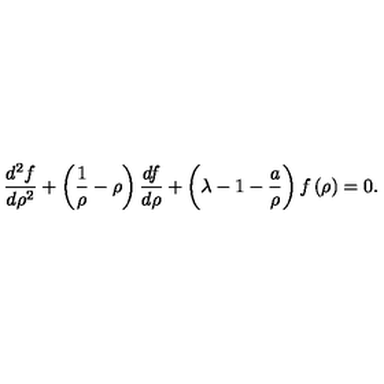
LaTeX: \frac { d ^ { 2 } f } { d \rho ^ { 2 } } + \left( \frac { 1 } { \rho } - \rho \right) \frac { d f } { d \rho } + \left( \lambda - 1 - \frac { a } { \rho } \right) f \left( \rho \right) = 0 .